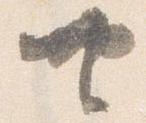
共